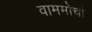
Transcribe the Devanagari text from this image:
वाममोर्चा